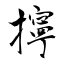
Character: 擰